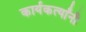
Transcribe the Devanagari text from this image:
कार्यकर्त्‍यांनी